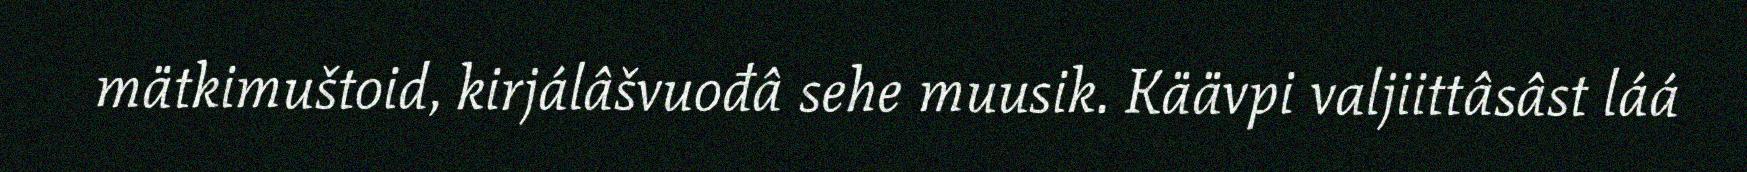
mätkimuštoid, kirjálâšvuođâ sehe muusik. Käävpi valjiittâsâst láá